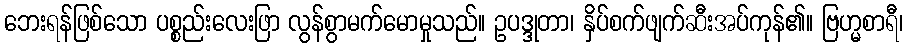
ဘေးရန်ဖြစ်သော ပစ္စည်းလေးဖြာ လွန်စွာမက်မောမှုသည်။ ဥပဒ္ဒုတာ၊ နှိပ်စက်ဖျက်ဆီးအပ်ကုန်၏။ ဗြဟ္မစာရီ၊